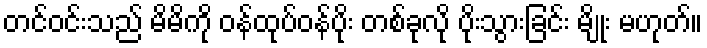
တင်ဝင်းသည် မိမိကို ဝန်ထုပ်ဝန်ပိုး တစ်ခုလို ပိုးသွားခြင်း မျိုး မဟုတ်။